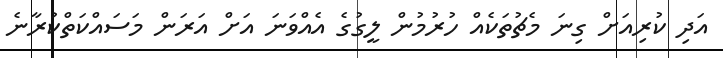
އަދި ކުރިއަށް ގިނަ މެޗުތަކެއް ހުރުމުން ލީގުގެ އެއްވަނަ އަށް އަރަން މަސައްކަތްކުރާނެ